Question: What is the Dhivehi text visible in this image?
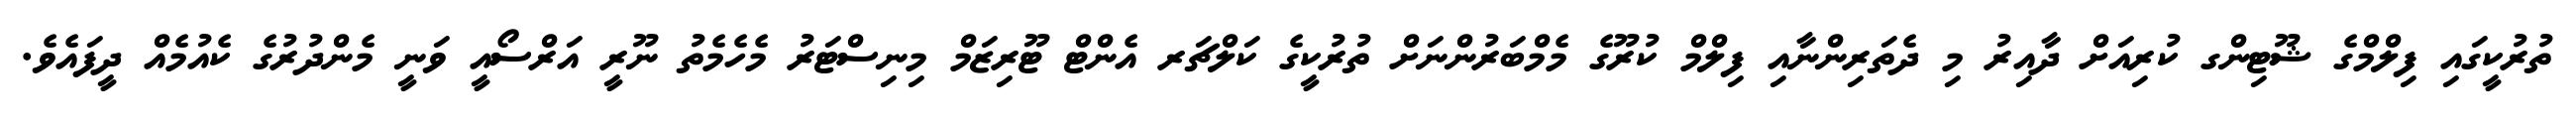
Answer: ތުރުކީގައި ފިލްމްގެ ޝޫޓިންގ ކުރިއަށް ދާއިރު މި ދެތަރިންނާއި ފިލްމް ކުރޫގެ މެމްބަރުންނަށް ތުރުކީގެ ކަލްޗަރ އެންޓް ޓޫރިޒަމް މިނިސްޓަރު މެހެމެތު ނޫރީ އަރްސޯއީ ވަނީ މެންދުރުގެ ކެއުމެއް ދީފައެވެ.